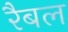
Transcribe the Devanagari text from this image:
रैबल